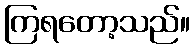
ကြရတော့သည်။